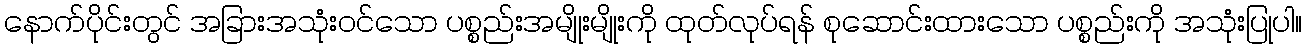
နောက်ပိုင်းတွင် အခြားအသုံးဝင်သော ပစ္စည်းအမျိုးမျိုးကို ထုတ်လုပ်ရန် စုဆောင်းထားသော ပစ္စည်းကို အသုံးပြုပါ။